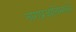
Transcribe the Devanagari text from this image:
नागप्रजातिमध्ये